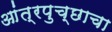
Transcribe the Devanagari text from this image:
आंत्रपुच्छाचा